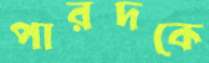
পারদকে